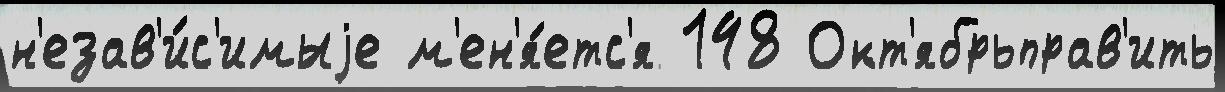
н'езав'и́с'имыjе м'ен'я́етс'я 148 Окт'ябрьправ'ить